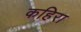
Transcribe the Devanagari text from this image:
कहिरा